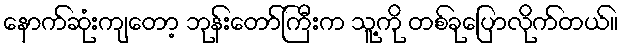
နောက်ဆုံးကျတော့ ဘုန်းတော်ကြီးက သူ့ကို တစ်ခုပြောလိုက်တယ်။